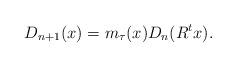
LaTeX: \begin{align*}D_{n+1}(x)=m_\tau(x)D_n(R^{t}x).\end{align*}